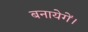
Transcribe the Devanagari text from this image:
बनायेगें।